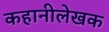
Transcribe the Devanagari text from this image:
कहानीलेखक